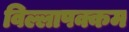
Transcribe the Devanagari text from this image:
विल्लापक्कम